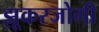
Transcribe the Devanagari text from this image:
झूकरजोगी